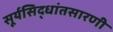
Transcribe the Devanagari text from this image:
सूर्यसिद्धांतसारणी